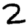
Digit: 2